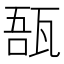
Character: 𤭑